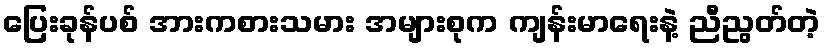
ပြေးခုန်ပစ် အားကစားသမား အများစုက ကျန်းမာရေးနဲ့ ညီညွတ်တဲ့